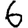
Digit: 6